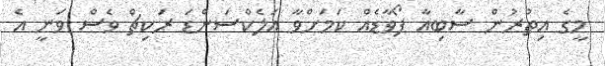
މީގެ އިތުރުން ސާބިއާ ފޯވާޑެއް ކަމަށްވާ އަލެކްސަންޑަ ރަކިޗް ވެސް ވަނީ އެ